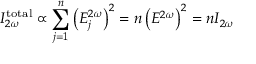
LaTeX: I _ { 2 \omega } ^ { \mathrm { t o t a l } } \propto \sum _ { j = 1 } ^ { n } \left( E _ { j } ^ { 2 \omega } \right) ^ { 2 } = n \left( E ^ { 2 \omega } \right) ^ { 2 } = n I _ { 2 \omega }